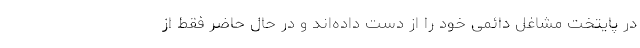
در پایتخت مشاغل دائمی خود را از دست داده‌اند و در حال حاضر فقط از